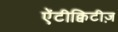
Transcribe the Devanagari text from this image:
ऐंटीक्विटीज़